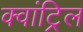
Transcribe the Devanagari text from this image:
क्वांट्रिल